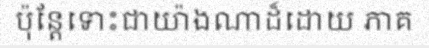
ប៉ុន្តែទោះជាយ៉ាងណាដ៏ដោយ ភាគ